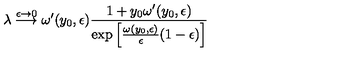
\lambda \stackrel { \epsilon \to 0 } { \longrightarrow } \omega ^ { \prime } ( y _ { 0 } , \epsilon ) { \frac { 1 + y _ { 0 } \omega ^ { \prime } ( y _ { 0 } , \epsilon ) } { \exp \left[ { \frac { \omega ( y _ { 0 } , \epsilon ) } { \epsilon } } ( 1 - \epsilon ) \right] } }